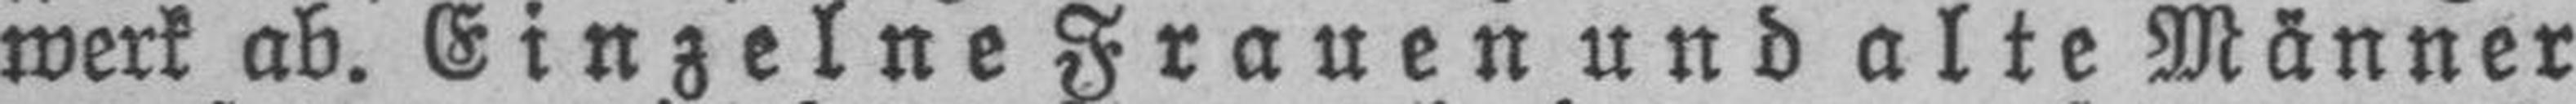
werk ab. Einzelne Frauen und alte Männer